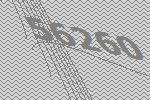
56260